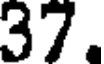
37.